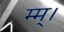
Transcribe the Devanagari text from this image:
म्म्।